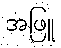
အဖြူ